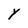
Character: Y